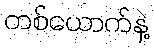
တစ်ယောက်နဲ့